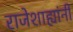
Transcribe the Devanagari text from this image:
राजेशाह्यांनी